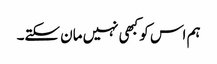
ہم اس کو کبھی نہیں مان سکتے۔